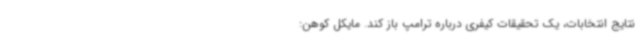
نتایج انتخابات، یک تحقیقات کیفری درباره ترامپ باز کند. مایکل کوهن: